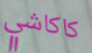
كاكاشي